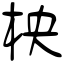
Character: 柍